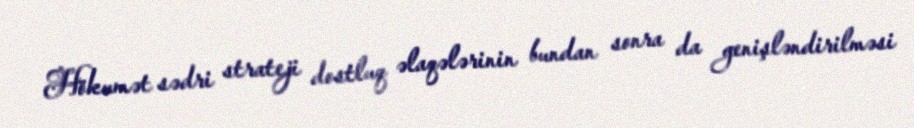
Hökumət sədri strateji dostluq əlaqələrinin bundan sonra da genişləndirilməsi